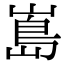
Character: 𭗃